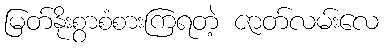
မြတ်နိုးစွာစံစားကြရတဲ့ ဇာတ်လမ်းလေ